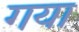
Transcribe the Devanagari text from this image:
गया